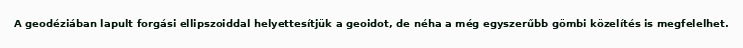
A geodéziában lapult forgási ellipszoiddal helyettesítjük a geoidot, de néha a még egyszerűbb gömbi közelítés is megfelelhet.